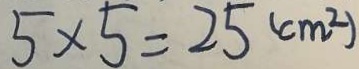
5 \times 5 = 2 5 ( c m ^ { 2 } )